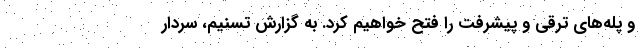
و پله‌های ترقی و پیشرفت را فتح خواهیم کرد. به گزارش تسنیم، سردار